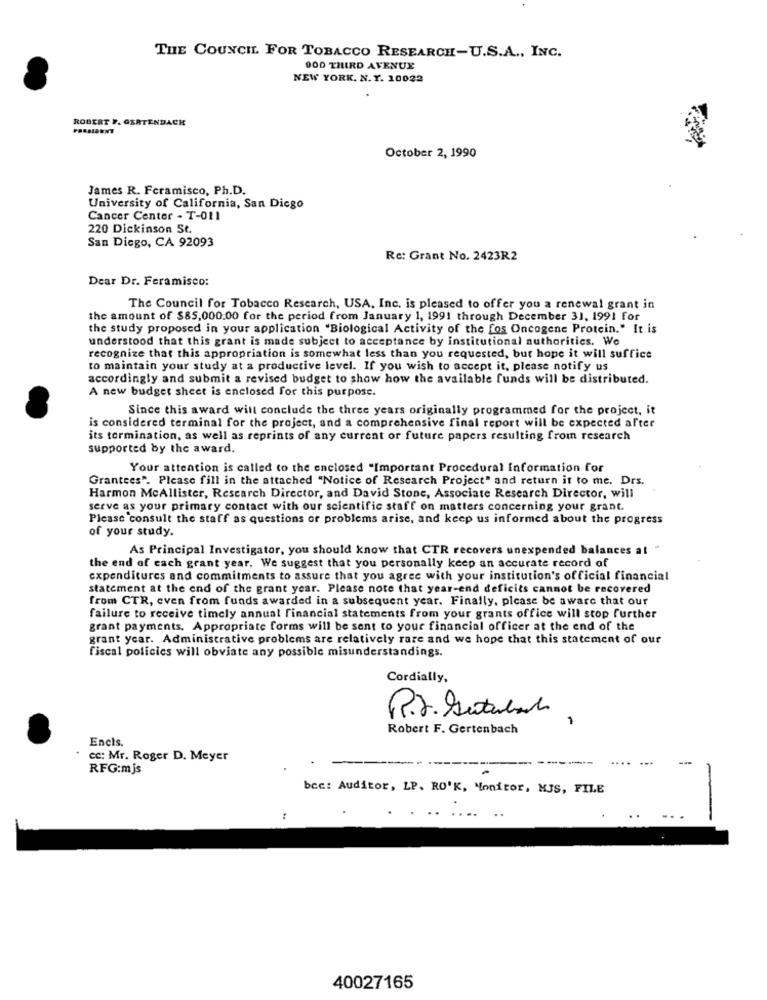
THE COUNCIL. FOR TOBACCO RESEARCH-U.S.A ., INC.
000 THIRD AVENUE
NEW YORK. N.Y. 10022
ROBERT F. GERTENDACH
October 2, 1990
James R. Fcramisco, Ph.D.
University of California, San Diego
Cancer Center - T-011
220 Dickinson St.
San Diego, CA 92093
Re: Grant No. 2423R2
Dear Dr. Feramisco:
The Council for Tobacco Rescarch, USA, Inc. is pleased to offer you a renewal grant in
the amount of $85,000.00 for the period from January 1, 1991 through December 31, 1991 for
the study proposed in your application "Biological Activity of the fos Oncogene Protein." It is
understood that this grant is made subject to acceptance by institutional authorities. We
recognize that this appropriation is somewhat less than you requested, but hope it will suffice
to maintain your study at a productive level. If you wish to accept it, please notify us
accordingly and submit a revised budget to show how the available funds will be distributed.
A new budget sheet is enclosed for this purpose.
Since this award will conclude the three years originally programmed for the project, it
is considered terminal for the project, and a comprehensive final report will be expected after
its termination, as well as reprints of any current or future papers resulting from research
supported by the award.
Your attention is called to the enclosed "Important Procedural Information for
Grantees". Please fill in the attached "Notice of Research Project" and return it to me. Drs.
Harmon McAllister, Research Director, and David Stone, Associate Research Director, will
serve as your primary contact with our scientific staff on matters concerning your grant.
Please consult the staff as questions or problems arise, and keep us informed about the progress
of your study.
As Principal Investigator, you should know that CTR recovers unexpended balances at "
the end of cach grant year. We suggest that you personally keep an accurate record of
expenditures and commitments to assure that you agree with your institution's official financial
statement at the end of the grant year. Please note that year-end deficits cannot be recovered
from CTR, even from funds awarded in a subsequent year. Finally, please be aware that our
failure to receive timely annual financial statements from your grants office will stop further
grant payments, Appropriate forms will be sent to your financial officer at the end of the
grant year. Administrative problems are relatively rare and we hope that this statement of our
fiscal policies will obviate any possible misunderstandings.
Cordially,
P.S. Sestabach
1
Robert F. Gertenbach
Encis.
cc: Mr. Roger D. Meyer
RFG:mjs
bcc: Auditor, LP. RO'K, Monitor, MJS, FILE
40027165